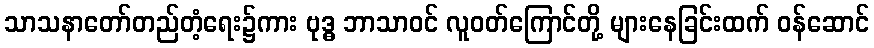
သာသနာတော်တည်တံ့ရေး၌ကား ဗုဒ္ဓ ဘာသာဝင် လူဝတ်ကြောင်တို့ များနေခြင်းထက် ဝန်ဆောင်